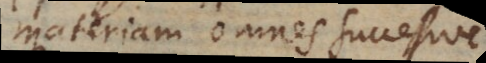
materiam omnes successive